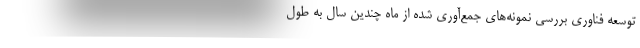
توسعه فناوری بررسی نمونه‌های جمع‌آوری شده از ماه چندین سال به طول